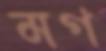
মগ